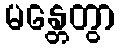
မန္တေတွာ